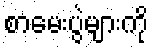
စာမေးပွဲများကို